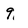
Character: 9